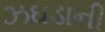
ઝઘડાની